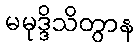
မမုဒ္ဒိသိတွာန